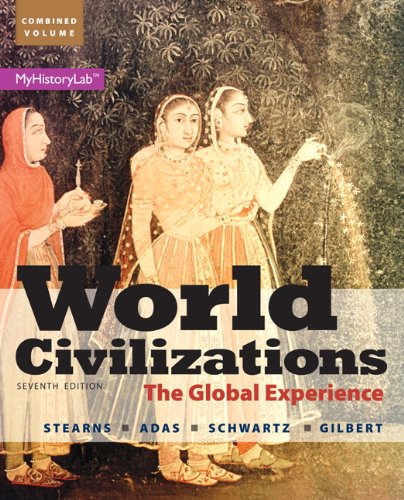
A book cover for World Civilizations: The Global Experience, Combined Volume (7th Edition); Peter N. Stearns; History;